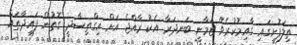
ތިލަފުށީގައި ގާއިމުކުރެވޭ ޒަމާނީ ބަނދަރާ އެކު ރާއްޖެ އަށް އިގްތިސާދީ ގޮތުން ފައިދާތައް